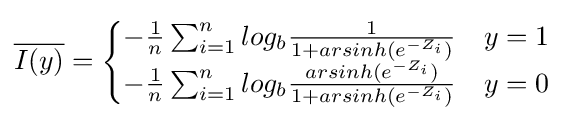
{\overline {I(y)}}={\begin{cases}-{\frac {1}{n}}\sum _{i=1}^{n}log_{b}{\frac {1}{1+arsinh(e^{-Z_{i}})}}&y=1\\-{\frac {1}{n}}\sum _{i=1}^{n}log_{b}{\frac {arsinh(e^{-Z_{i}})}{1+arsinh(e^{-Z_{i}})}}&y=0\end{cases}}